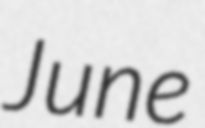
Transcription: June